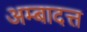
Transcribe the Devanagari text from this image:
अम्बादत्त